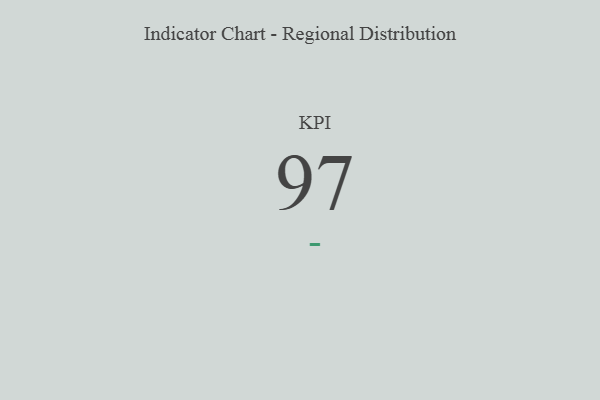
{"axis": {"x": "KPI", "y": "Value"}, "legend": [""], "data": [{"x": "KPI", "y": 97, "type": ""}]}